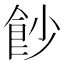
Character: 𩚙